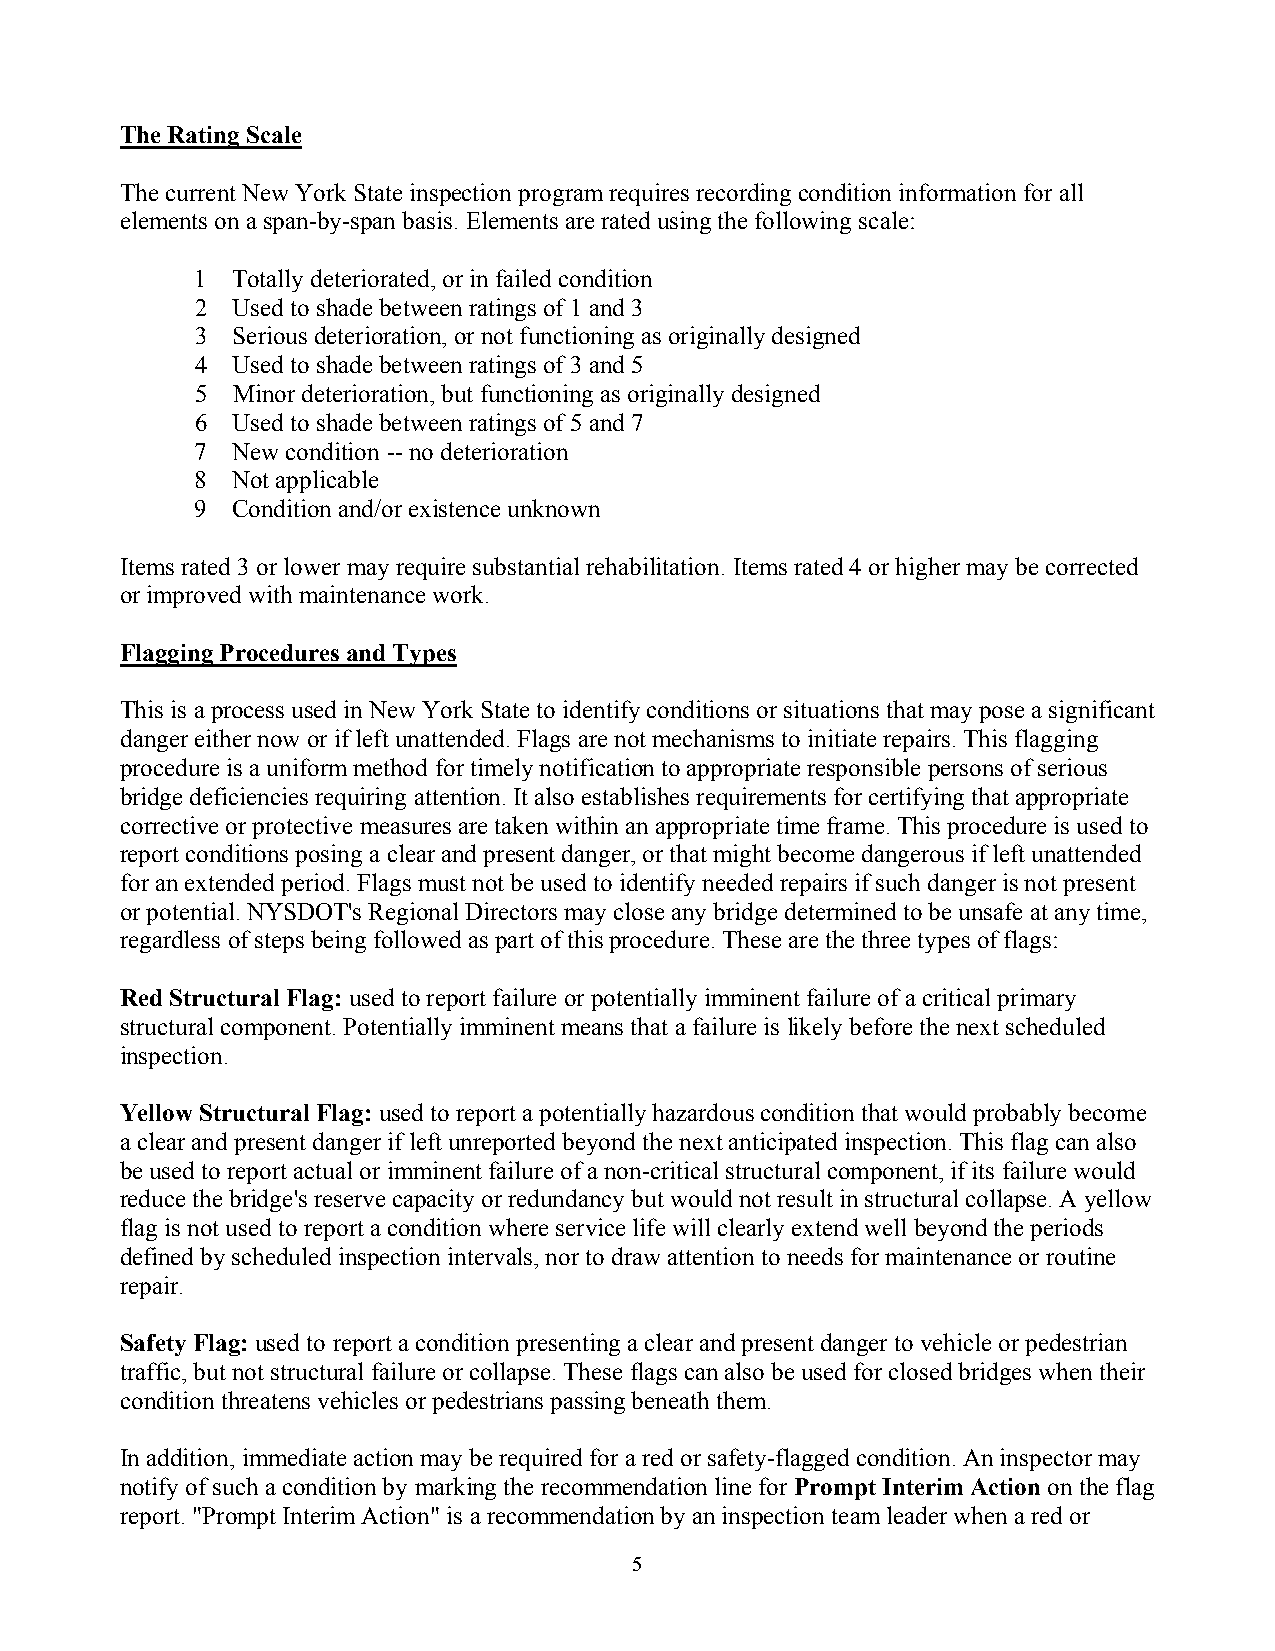
The Rating Scale
 The current New York State inspection program requires recording condition information for all
 elements on a span-by-span basis. Elements are rated using the following scale:
 1 Totally deteriorated, or in failed condition
 2 Used to shade between ratings of 1 and 3
 3 Serious deterioration, or not functioning as originally designed
 4 Used to shade between ratings of 3 and 5
 5 Minor deterioration, but functioning as originally designed
 6 Used to shade between ratings of 5 and 7
 7 New condition -- no deterioration
 8 Not applicable
 9 Condition and/or existence unknown
 Items rated 3 or lower may require substantial rehabilitation. Items rated 4 or higher may be corrected
 or improved with maintenance work.
 Flagging Procedures and Types
 This is a process used in New York State to identify conditions or situations that may pose a significant
 danger either now or if left unattended. Flags are not mechanisms to initiate repairs. This flagging
 procedure is a uniform method for timely notification to appropriate responsible persons of serious
 bridge deficiencies requiring attention. It also establishes requirements for certifying that appropriate
 corrective or protective measures are taken within an appropriate time frame. This procedure is used to
 report conditions posing a clear and present danger, or that might become dangerous if left unattended
 for an extended period. Flags must not be used to identify needed repairs if such danger is not present
 or potential. NYSDOT's Regional Directors may close any bridge determined to be unsafe at any time,
 regardless of steps being followed as part of this procedure. These are the three types of flags:
 Red Structural Flag: used to report failure or potentially imminent failure of a critical primary
 structural component. Potentially imminent means that a failure is likely before the next scheduled
 inspection.
 Yellow Structural Flag: used to report a potentially hazardous condition that would probably become
 a clear and present danger if left unreported beyond the next anticipated inspection. This flag can also
 be used to report actual or imminent failure of a non-critical structural component, if its failure would
 reduce the bridge's reserve capacity or redundancy but would not result in structural collapse. A yellow
 flag is not used to report a condition where service life will clearly extend well beyond the periods
 defined by scheduled inspection intervals, nor to draw attention to needs for maintenance or routine
 repair.
 Safety Flag: used to report a condition presenting a clear and present danger to vehicle or pedestrian
 traffic, but not structural failure or collapse. These flags can also be used for closed bridges when their
 condition threatens vehicles or pedestrians passing beneath them.
 In addition, immediate action may be required for a red or safety-flagged condition. An inspector may
 notify of such a condition by marking the recommendation line for Prompt Interim Action on the flag
 report. "Prompt Interim Action" is a recommendation by an inspection team leader when a red or
 5